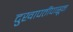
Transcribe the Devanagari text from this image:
दुखापतींपासून